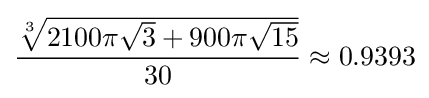
{\frac {\sqrt[{3}]{2100\pi {\sqrt {3}}+900\pi {\sqrt {15}}}}{30}}\approx 0.9393